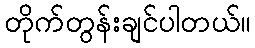
တိုက်တွန်းချင်ပါတယ်။